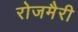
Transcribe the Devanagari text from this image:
रोजमैरी